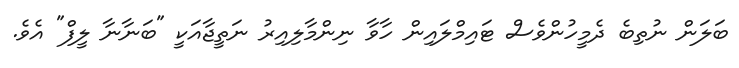
ބަލަން ނުތިބެ ދެމީހުންވެސް ޓައިމްލައިން ހާވާ ނިންމާލިއިރު ނަތީޖާއަކީ "ބަނާނާ ލީފް" އެވެ.